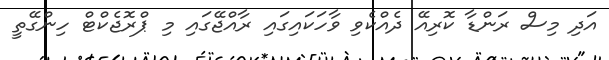
އަދި މިސް ރަންޑާ ކޮރިއޭ ދެއްކެވި ވާހަކައިގައި ރާއްޖޭގައި މި ޕްރޮޖެކްޓް ހިންގޭތީ